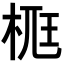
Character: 𣒸